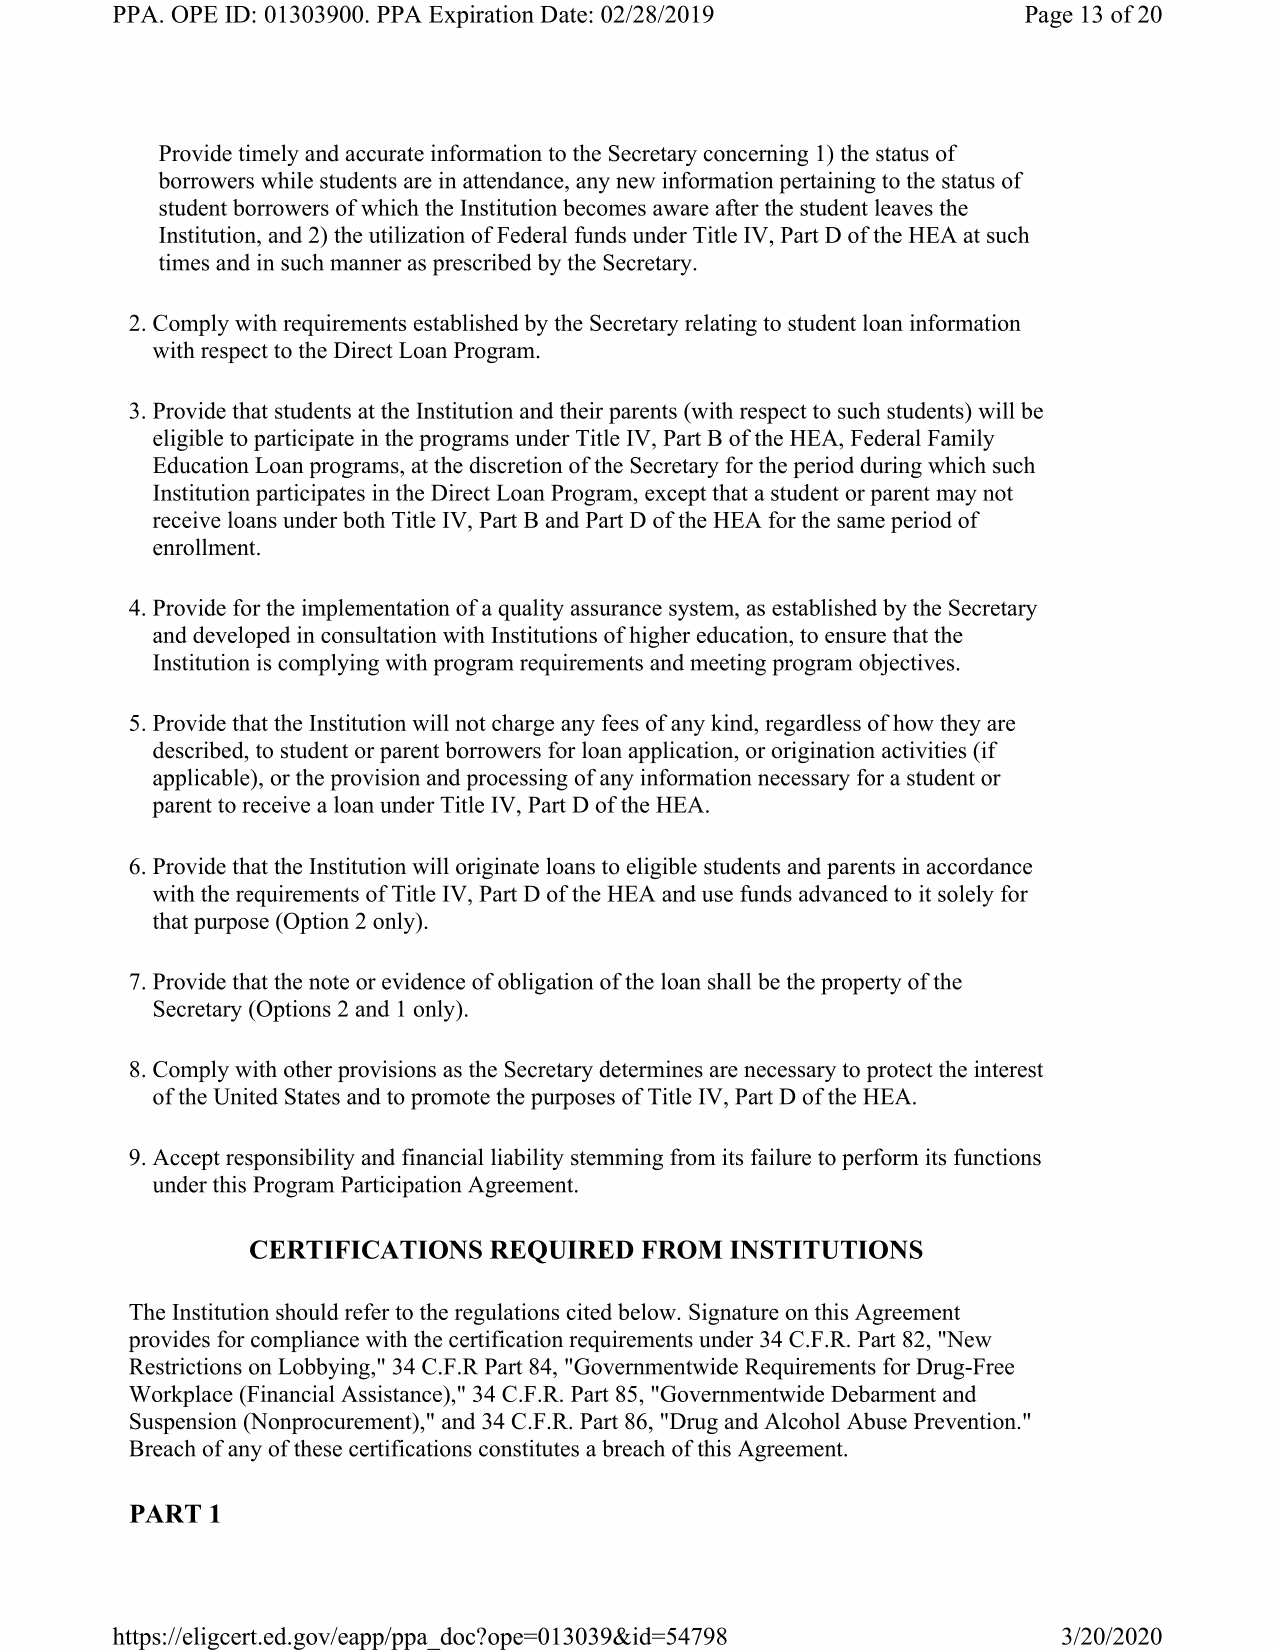
PPA. OPE ID: 01303900. PPA Expiration Date: 02/28/2019       Page 13 of 20
 Provide timely and accurate information to the Secretary concerning 1) the status of
 borrowers while students are in attendance, any new information pertaining to the status of
 student borrowers of which the Institution becomes aware after the student leaves the
 Institution, and 2) the utilization of Federal funds under Title IV, Part D of the HEA at such
 times and in such manner as prescribed by the Secretary.
 2.Comply with requirements established by the Secretary relating to student loan information
 with respect to the Direct Loan Program.
 3.Provide that students at the Institution and their parents (with respect to such students) will be
 eligible to participate in the programs under Title IV, Part B of the HEA, Federal Family
 Education Loan programs, at the discretion of the Secretary for the period during which such
 Institution participates in the Direct Loan Program, except that a student or parent may not
 receive loans under both Title IV, Part B and Part D of the HEA for the same period of
 enrollment.
 4.Provide for the implementation of a quality assurance system, as established by the Secretary
 and developed in consultation with Institutions of higher education, to ensure that the
 Institution is complying with program requirements and meeting program objectives.
 5.Provide that the Institution will not charge any fees of any kind, regardless of how they are
 described, to student or parent borrowers for loan application, or origination activities (if
 applicable), or the provision and processing of any information necessary for a student or
 parent to receive a loan under Title IV, Part D of the HEA.
 6.Provide that the Institution will originate loans to eligible students and parents in accordance
 with the requirements of Title IV, Part D of the HEA and use funds advanced to it solely for
 that purpose (Option 2 only).
 7.Provide that the note or evidence of obligation of the loan shall be the property of the
 Secretary (Options 2 and 1 only).
 8.Comply with other provisions as the Secretary determines are necessary to protect the interest
 of the United States and to promote the purposes of Title IV, Part D of the HEA.
 9.Accept responsibility and financial liability stemming from its failure to perform its functions
 under this Program Participation Agreement.
 CERTIFICATIONS  REQUIRED  FROM  INSTITUTIONS
 The Institution should refer to the regulations cited below. Signature on this Agreement
 provides for compliance with the certification requirements under 34 C.F.R. Part 82, "New
 Restrictions on Lobbying," 34 C.F.R Part 84, "Governmentwide Requirements for Drug-Free
 Workplace (Financial Assistance)," 34 C.F.R. Part 85, "Governmentwide Debarment and
 Suspension (Nonprocurement)," and 34 C.F.R. Part 86, "Drug and Alcohol Abuse Prevention."
 Breach of any of these certifications constitutes a breach of this Agreement.
 PART 1
 https://eligcerted.gov/eapp/ppa doc?ope=013039&id=54798        3/20/2020